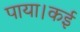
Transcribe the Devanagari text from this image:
पाया।कई